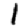
Digit: 1